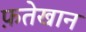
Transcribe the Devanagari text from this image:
फ़तेखान